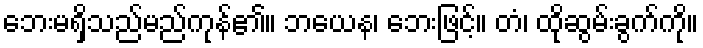
ဘေးမရှိသည်မည်ကုန်၏။ ဘယေန၊ ဘေးဖြင့်။ တံ၊ ထိုဆွမ်းခွက်ကို။